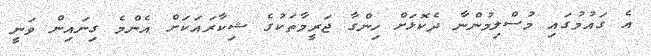
އެ ގައުމުގައި މުސްލިމުންނާ ދެކޮޅަށް ހިންގާ ޖަރީމާތަކުގެ ޝިކާރައަކަށް އެންމެ ގިނައިން ވަނީ